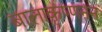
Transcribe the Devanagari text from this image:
बालाकृष्णनन